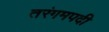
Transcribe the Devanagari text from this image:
तरंगमपदी